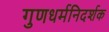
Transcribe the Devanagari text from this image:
गुणधर्मनिदर्शक